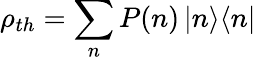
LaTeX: \rho_{th}=\sum_{n}P(n)\, |n\rangle\langle n|